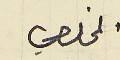
المخلصي